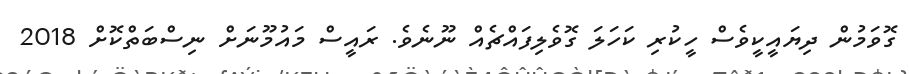
ގޮވަމުން ދިޔައީކީވެސް ހީކުރި ކަހަލަ ގޮވެލިފައްޗެއް ނޫނެވެ. ރައީސް މައުމޫނަށް ނިސްބަތްކޮށް 2018